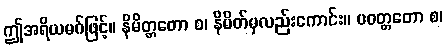
ဤအရိယမဂ်ဖြင့်။ နိမိတ္တတော စ၊ နိမိတ်မှလည်းကောင်း။ ပဝတ္တတော စ၊